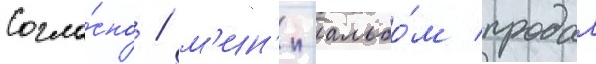
Согла́сно / м'ин'и-альбо́м продал